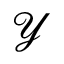
\mathcal { Y }